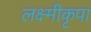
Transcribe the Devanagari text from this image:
लक्ष्मीकृपा